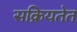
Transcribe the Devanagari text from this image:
सक्रियतेत